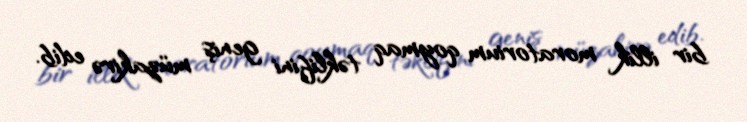
bir illik moratorium qoymaq təklifini geniş müzakirə edib.